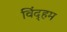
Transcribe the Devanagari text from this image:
विंद्हम